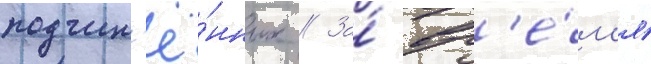
подчин'ё́нных // За́ вр'е́м'я